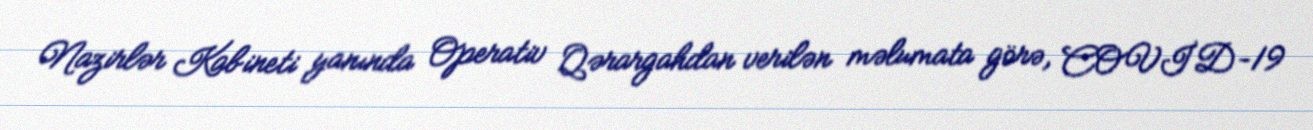
Nazirlər Kabineti yanında Operativ Qərargahdan verilən məlumata görə, COVİD-19